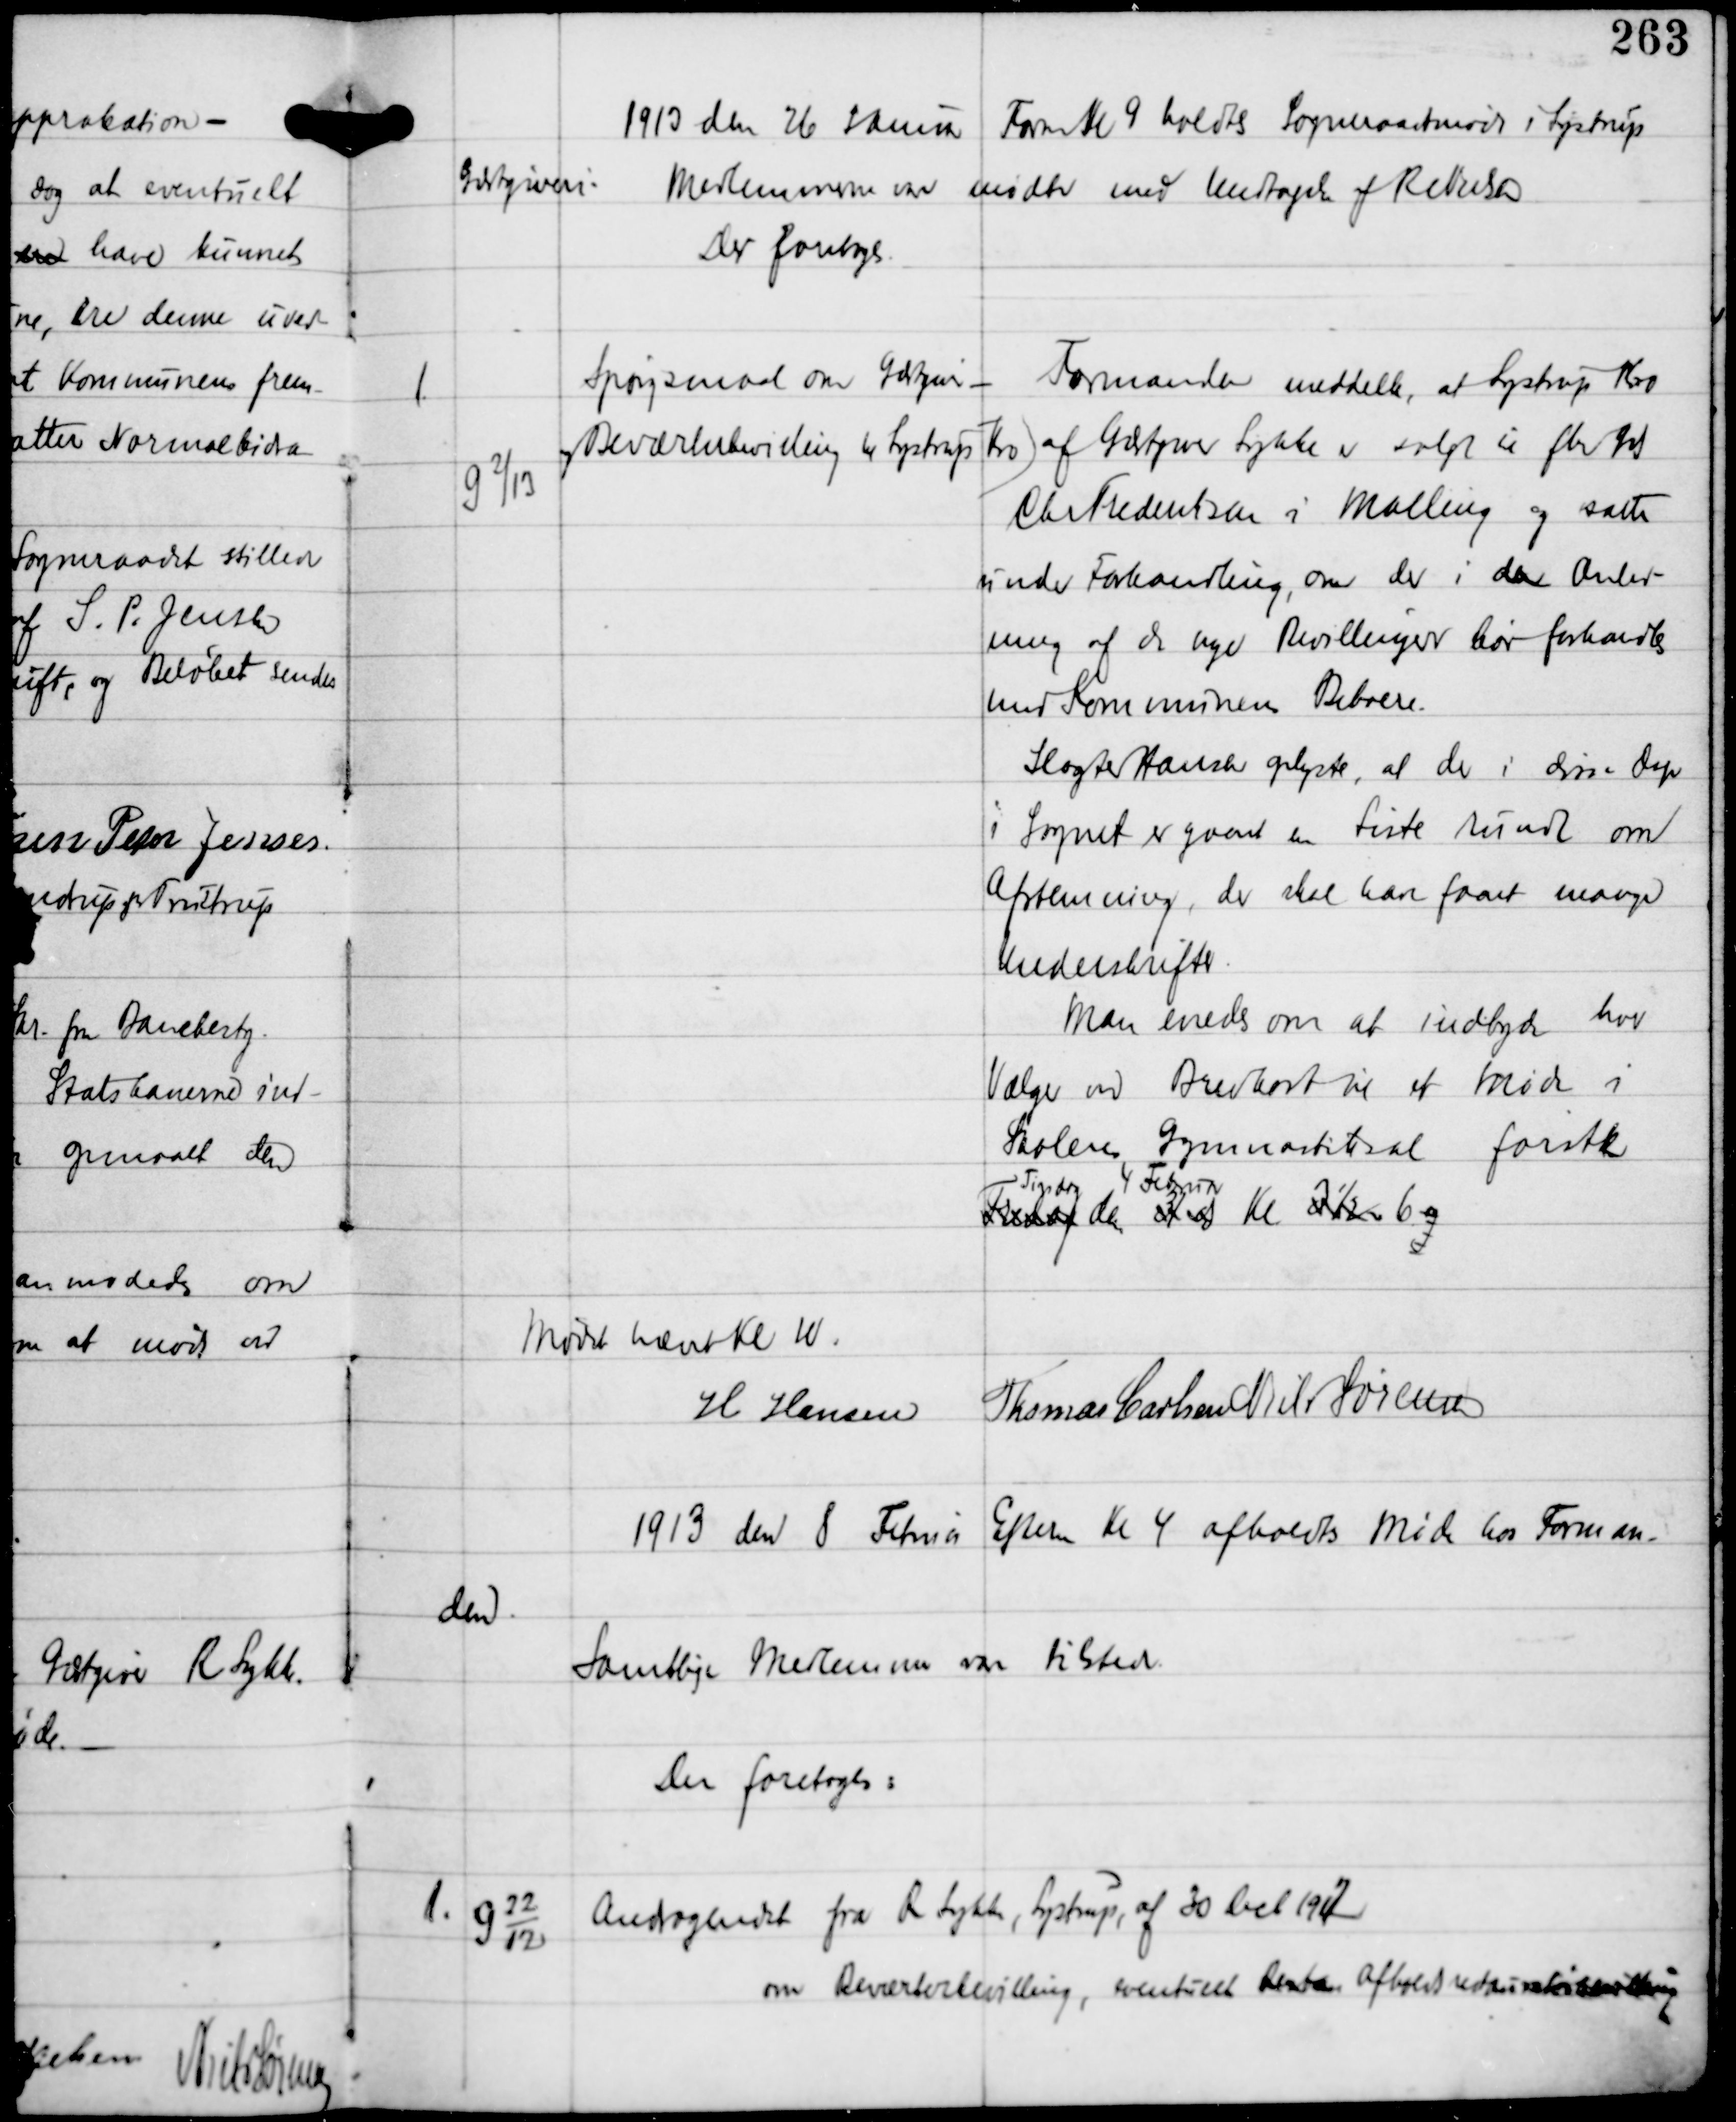
Transskription:
1913 den 26 Januar
Form Kl 9 holdtes Sogneraadsmøde i Lystrup
Gæstgiveri.
Medlemmerne vare mødte med Undtagelse af R Nielsen
Der foretoges

1

G 2
/13

Spørgsmaal om Gæstgiver -
og Beværterbevilling til Lystrup Kro

Formanden meddelte, at Lystrup Kro
af Gæstgiver Lykke er solgt til fhv Gdj
Chr Frederiksen i Malling og sættes
under Forhandling, om der i den Anled-
ning af de nye Bevillinger bør forhandles
med Kommunens Beboere.
Slagter Hansen oplyste, at der i disse Dage
i Sognet er gaaet en Liste rundt om
Afstemning, der skal have faaet mange
Underskrifter.
Man enedes om at indbyde hver
Vælger ved Brevkort til at møde i
Skolens Gymnastiksal førstk
Tirsdag 4 Februar
Fredag den 31 ja Kl 3½ 6 og

Mødet hævet Kl 11
H Hansen
Thomas Carlsen Niels Sørensen

1913 den 8 Februar Efterm Kl 4 afholdtes Møde hos Forman-
den.
Samtlige Medlemmer vare tilstede
Der foretoges:

1.

G 22
12

Andragendet fra R Lykke, Lystrup, af 30 Decb 1912
om Beværterbevilling, eventuelt Renten Afholdsudxxxxxxxx